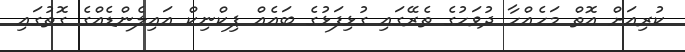
ކުރިއަށް އޮތް މަހެއްހާ ދުވަހުގެ ތެރޭގައި ގުޅިފަޅުގެ ބައެއް ޕިކްނިކް އައިލެންޑެއްގެ ގޮތުގައި